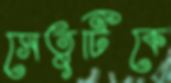
সেতুটিকে